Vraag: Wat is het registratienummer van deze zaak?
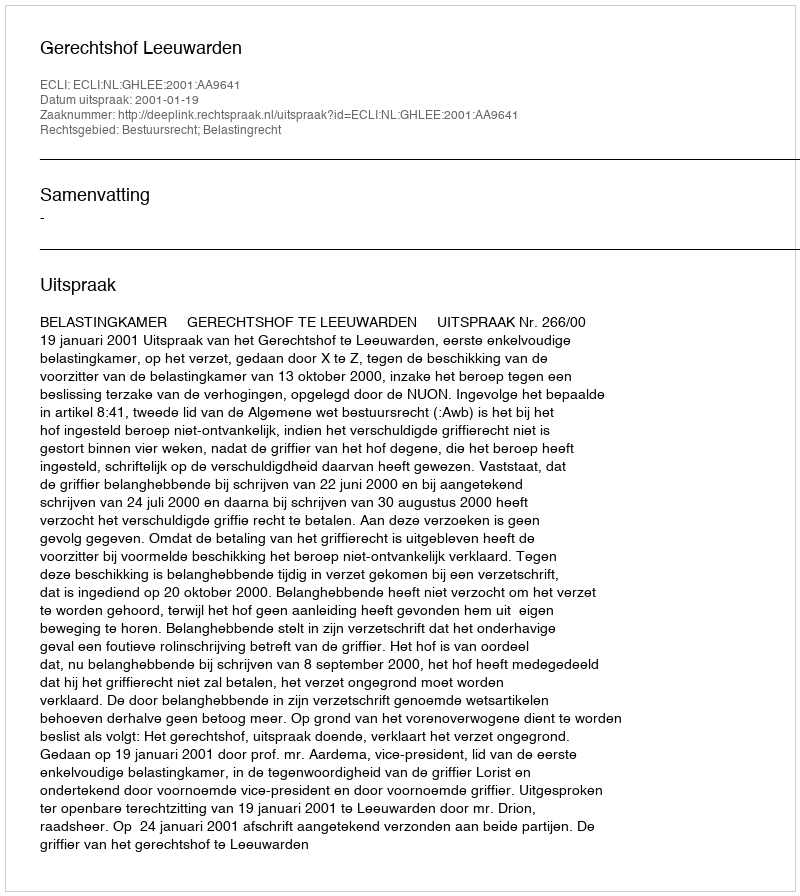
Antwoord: http://deeplink.rechtspraak.nl/uitspraak?id=ECLI:NL:GHLEE:2001:AA9641